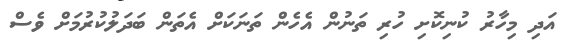
އަދި މިހާރު ކުނިކޮށި ހުރި ތަނުން އެހެން ތަނަކަށް އެތަން ބަދަލުކުރުމަށް ވެސް